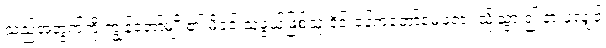
သည်အတွက်ကို ကျွန်တော်မျိုး၏ မိခင် သဖွယ်ဖြစ်သူ ဒိုင်းဝန်ကတော်မေဖုရား သို့သွား၍ နားပူလျှင်